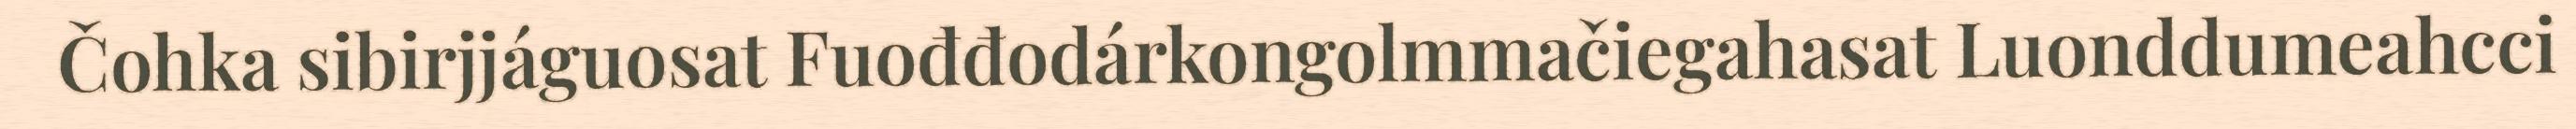
Čohka sibirjjáguosat Fuođđodárkongolmmačiegahasat Luonddumeahcci